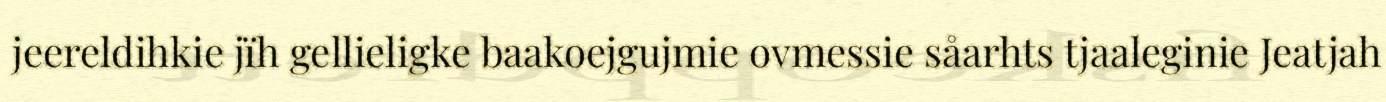
jeereldihkie jïh gellieligke baakoejgujmie ovmessie såarhts tjaaleginie Jeatjah